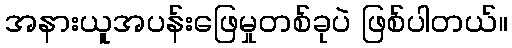
အနားယူအပန်းဖြေမှုတစ်ခုပဲ ဖြစ်ပါတယ်။